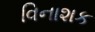
વિનાશક